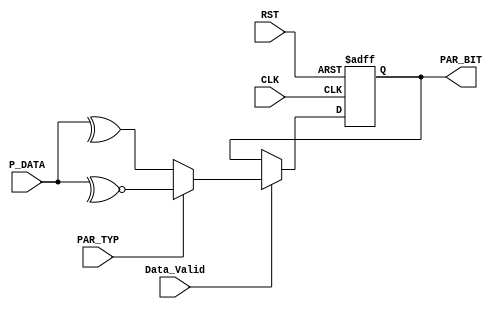
/*
   ******  PAR CALC Block ******
   by:
       Mohamed Hazem Mamdouh
       10-9-2022
       3:54 PM   
*/
`timescale 1us/1ns
module PAR # (
    parameter BUS_WIDTH =  8
    )
(
    input  wire                        CLK,
    input  wire                        RST,
    input  wire                        Data_Valid,
    input  wire                        PAR_TYP,
    input  wire  [BUS_WIDTH-1:0]       P_DATA,
    output reg                         PAR_BIT

);


// seq always block

always@(posedge CLK or negedge RST)
  begin
   if (!RST) 
        begin
        PAR_BIT   <= 0;
        end   
   else if ( Data_Valid )
        begin            
        if (PAR_TYP)                    //    odd parity
        begin
        PAR_BIT <=  ~^P_DATA ;
        end
        else                 //   even parity
        begin
        PAR_BIT <= (^P_DATA);
        end
        end
              
      end    

endmodule